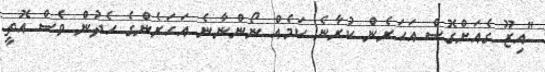
"އިޒޫ ގެއަށްގޮސް އަހަރެން ކުރާނެ ކަމެއް ނޯންނާނެ އަހަރެންގެ ހެދުން ވެސް އޮތީ